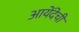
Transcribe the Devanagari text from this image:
आयेंदेची